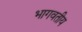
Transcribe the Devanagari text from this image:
भागवतीय